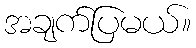
အချက်ပြမယ်။